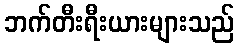
ဘက်တီးရီးယားများသည်